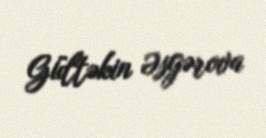
Gültəkin Əsgərova